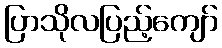
ပြာသိုလပြည့်ကျော်